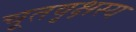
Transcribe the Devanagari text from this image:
चूतवृक्षस्य